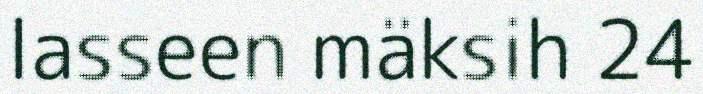
lasseen mäksih 24